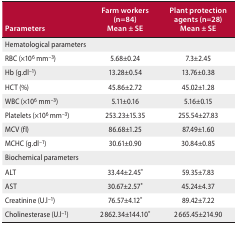
<table><thead><tr><td><b>Parameters</b></td><td><b>Farm workers(n=84)Mean ± SE</b></td><td><b>Plant protection agents (n=28)Mean ± SE</b></td></tr></thead><tbody><tr><td>Hematological parameters</td><td></td><td></td></tr><tr><td>RBC (×10<sup>6</sup> mm<sup>–3</sup>)</td><td>5.68±0.24</td><td>7.3±2.45</td></tr><tr><td>Hb (g.dl<sup>–1</sup>)</td><td>13.28±0.54</td><td>13.76±0.38</td></tr><tr><td>HCT (%)</td><td>45.86±2.72</td><td>45.02±1.28</td></tr><tr><td>WBC (×10<sup>6</sup> mm<sup>–3</sup>)</td><td>5.11±0.16</td><td>5.16±0.15</td></tr><tr><td>Platelets (×10<sup>6</sup> mm<sup>–3</sup>)</td><td>253.23±15.35</td><td>255.54±27.83</td></tr><tr><td>MCV (fl)</td><td>86.68±1.25</td><td>87.49±1.60</td></tr><tr><td>MCHC (g.dl<sup>–1</sup>)</td><td>30.61±0.90</td><td>30.84±0.85</td></tr><tr><td>Biochemical parameters</td><td></td><td></td></tr><tr><td>ALT</td><td>33.44±2.45*</td><td>59.35±7.83</td></tr><tr><td>AST</td><td>30.67±2.57*</td><td>45.24±4.37</td></tr><tr><td>Creatinine (U.l<sup>–1</sup>)</td><td>76.57±4.12*</td><td>89.42±7.22</td></tr><tr><td>Cholinesterase (U.l<sup>–1</sup>)</td><td>2 862.34±144.10*</td><td>2 665.45±214.90</td></tr></tbody></table>